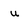
Character: u